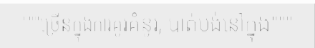
"""ច្រើនក្នុងការគូរគំនូរ, បាត់បង់នៅក្នុង"""